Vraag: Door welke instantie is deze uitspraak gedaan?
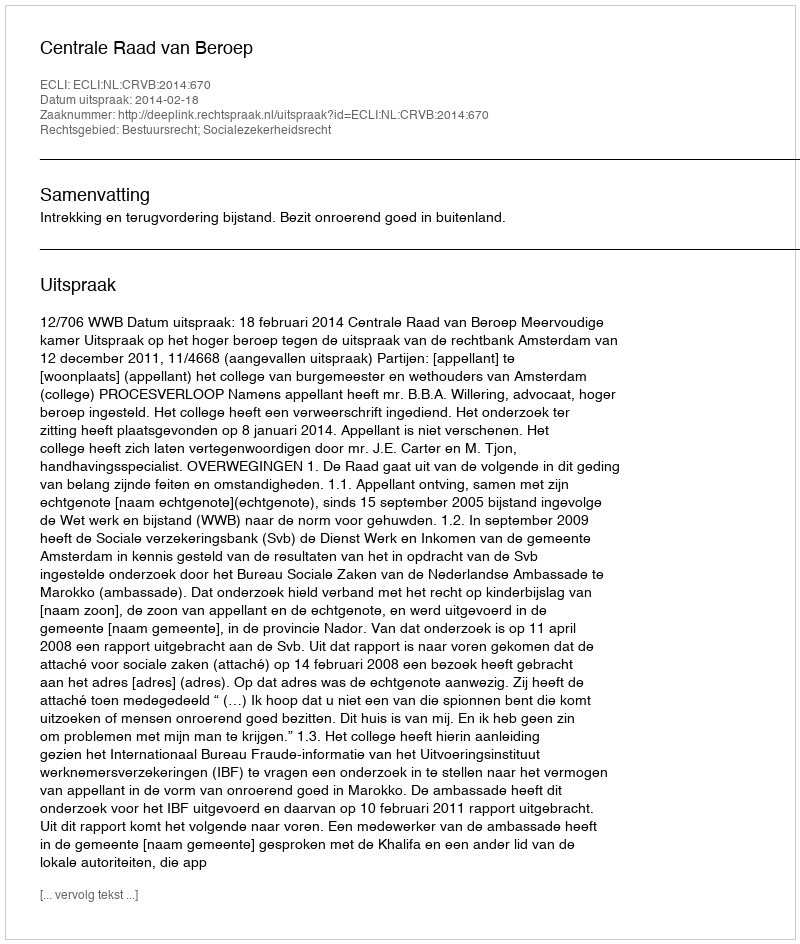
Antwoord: Centrale Raad van Beroep